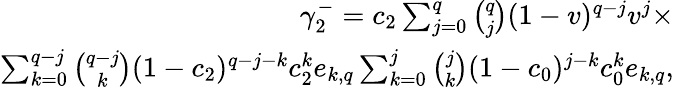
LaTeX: \begin{array}{r}{\gamma_{2}^{-}=c_{2}\sum_{j=0}^{q}{\binom{q}{j}}(1-v)^{q-j}v^{j}\times}\\ {\sum_{k=0}^{q-j}{\binom{q-j}{k}}(1-c_{2})^{q-j-k}c_{2}^{k}e_{k,q}\sum_{k=0}^{j}{\binom{j}{k}}(1-c_{0})^{j-k}c_{0}^{k}e_{k,q},}\end{array}